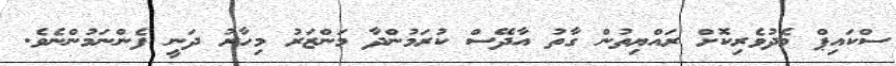
ސްކައިޕް މެދުވެރިކޮށް ރައްޔިތުން ގާތު އާދޭސް ކުރަމުންދާ މަންޒަރު މިހާރު ދަނީ ފެންނަމުންނެވެ.